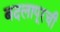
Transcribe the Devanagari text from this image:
बदलापूरची